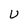
Character: U